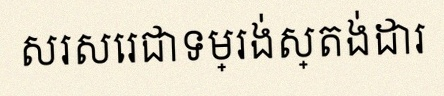
សរសេរជាទម្រង់ស្តង់ដារ